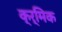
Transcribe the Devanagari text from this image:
क्र्मिक